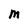
Character: M